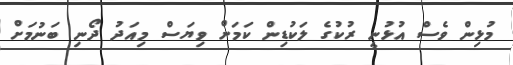
މުޅިން ވެސް އުޅުނީ ރުކުގެ ލަކުޑިން ކަމަށް ވިޔަސް މިއަދު ދޯނި ބަނުމަށް